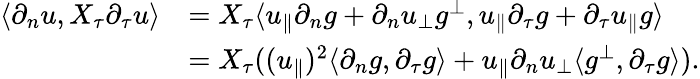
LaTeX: \begin{array}{rl}{\langle\partial_{n}u,X_{\tau}\partial_{\tau}u\rangle}&{=X_{\tau}\langle u_{\parallel}\partial_{n}g+\partial_{n}u_{\perp}g^{\perp},u_{\parallel}\partial_{\tau}g+\partial_{\tau}u_{\parallel}g\rangle}\\ &{=X_{\tau}((u_{\parallel})^{2}\langle\partial_{n}g,\partial_{\tau}g\rangle+u_{\parallel}\partial_{n}u_{\perp}\langle g^{\perp},\partial_{\tau}g\rangle).}\end{array}